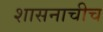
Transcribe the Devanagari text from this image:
शासनाचीच